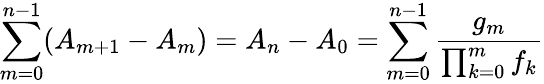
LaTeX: \sum_{m=0}^{n-1}(A_{m+1}-A_{m})=A_{n}-A_{0}=\sum_{m=0}^{n-1}{\frac{g_{m}}{\prod_{k=0}^{m}f_{k}}}